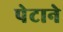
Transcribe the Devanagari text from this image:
पेटाने